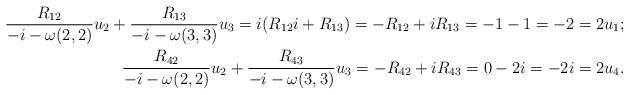
LaTeX: \begin{align*}\frac{R_{12}}{-i-\omega(2,2)}u_2+\frac{R_{13}}{-i-\omega(3,3)}u_3=i(R_{12}i+R_{13})=-R_{12}+iR_{13}=-1-1=-2=2u_1;\\\frac{R_{42}}{-i-\omega(2,2)}u_2+\frac{R_{43}}{-i-\omega(3,3)}u_3=-R_{42}+iR_{43}=0-2i=-2i=2u_4.\end{align*}